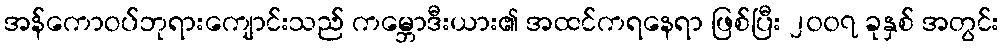
အန်ကောဝပ်ဘုရားကျောင်းသည် ကမ္ဘောဒီးယား၏ အထင်ကရနေရာ ဖြစ်ပြီး ၂၀၀၇ ခုနှစ် အတွင်း